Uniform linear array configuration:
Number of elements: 24
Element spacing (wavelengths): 0.25
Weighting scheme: hann
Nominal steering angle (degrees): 15
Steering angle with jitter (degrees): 13.717
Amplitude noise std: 0.05
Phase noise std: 0.05

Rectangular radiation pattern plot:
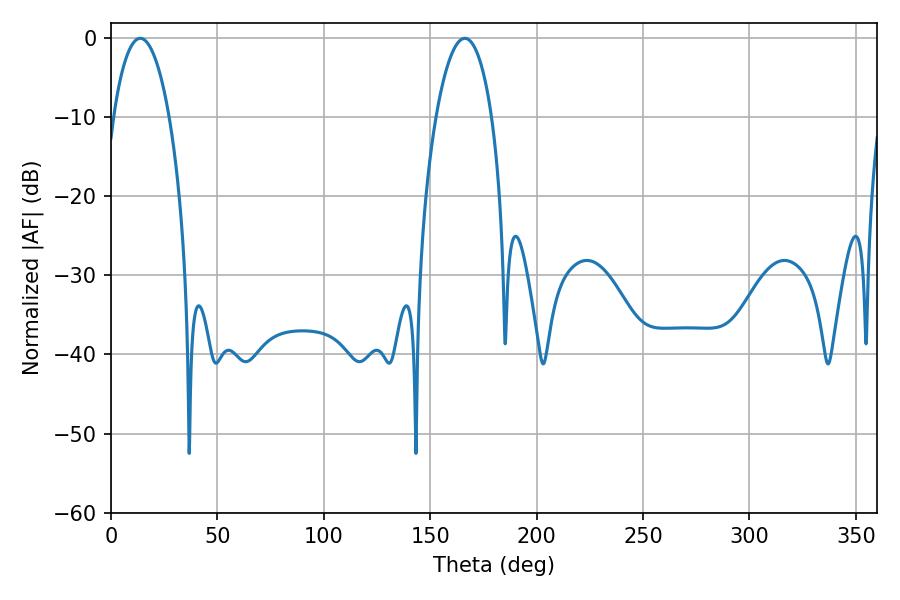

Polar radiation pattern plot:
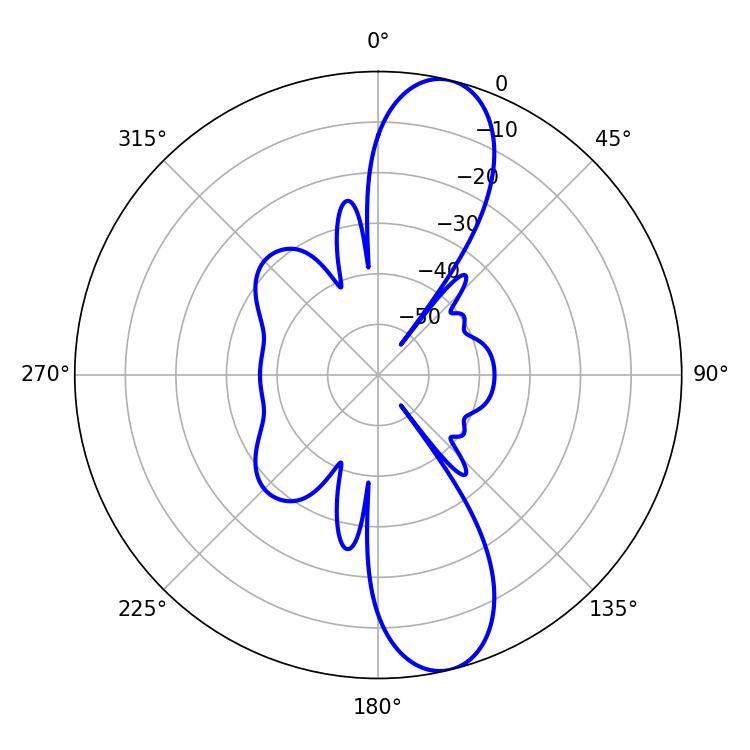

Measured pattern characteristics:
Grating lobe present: FALSE
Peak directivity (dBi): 11.872
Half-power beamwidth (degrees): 14.76
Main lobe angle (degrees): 13.68